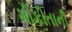
મીકીતાની